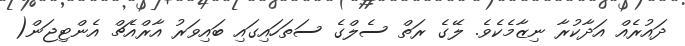
ދައުރެއް އަދާކުރާ ނިޒާމެކެވެ. ލޭގެ ރަތް ސެލްގެ ސަތަހައިގައި ބައިވަރު އާރްއެޗް އެންޓިޖަން(